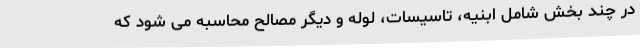
در چند بخش شامل ابنیه، تاسیسات، لوله و دیگر مصالح محاسبه می شود که